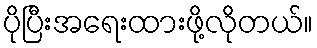
ပိုပြီးအရေးထားဖို့လိုတယ်။